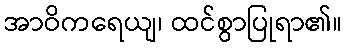
အာဝိကရေယျ၊ ထင်စွာပြုရာ၏။